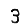
Digit: 3